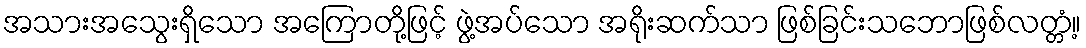
အသားအသွေးရှိသော အကြောတို့ဖြင့် ဖွဲ့အပ်သော အရိုးဆက်သာ ဖြစ်ခြင်းသဘောဖြစ်လတ္တံ့။